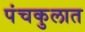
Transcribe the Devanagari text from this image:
पंचकुलात